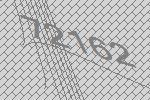
72162